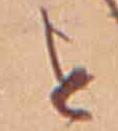
を